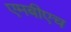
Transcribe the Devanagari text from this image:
एमबीएच